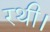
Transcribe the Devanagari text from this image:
रथी।